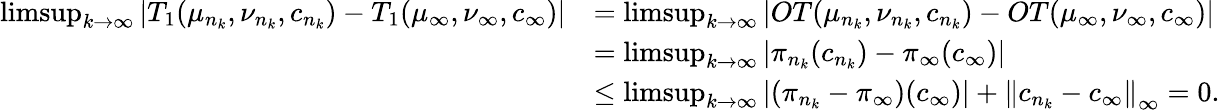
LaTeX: \begin{array}{rl}{\operatorname*{limsup}_{k\rightarrow\infty}|T_{1}(\mu_{n_{k}},\nu_{n_{k}},c_{n_{k}})-T_{1}(\mu_{\infty},\nu_{\infty},c_{\infty})|}&{=\operatorname*{limsup}_{k\rightarrow\infty}|OT(\mu_{n_{k}},\nu_{n_{k}},{c_{n_{k}}})-OT(\mu_{\infty},\nu_{\infty},{c_{\infty}})|}\\ &{=\operatorname*{limsup}_{k\rightarrow\infty}|\pi_{n_{k}}(c_{n_{k}})-\pi_{\infty}(c_{\infty})|}\\ &{\leq\operatorname*{limsup}_{k\rightarrow\infty}|(\pi_{n_{k}}-\pi_{\infty})(c_{\infty})|+\left\| c_{n_{k}}-c_{\infty}\right\| _{\infty}=0.}\end{array}